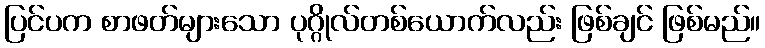
ပြင်ပက စာဖတ်များသော ပုဂ္ဂိုလ်တစ်ယောက်လည်း ဖြစ်ချင် ဖြစ်မည်။